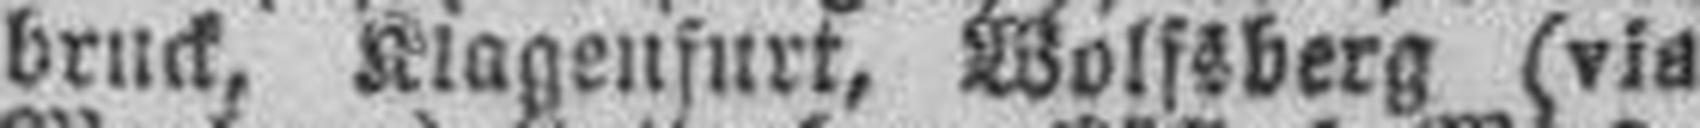
bruck, Klagenfurt, Wolfsberg (via